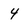
Character: 4